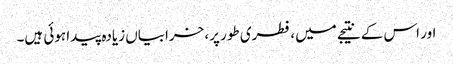
اور اس کے نتیجے میں، فطری طور پر، خرابیاں زیادہ پیدا ہوئی ہیں۔